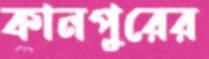
কানপুরের